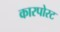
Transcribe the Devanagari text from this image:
कारपोरट